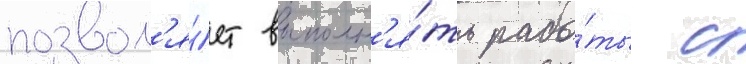
позвол'я́ет выполн'я́ть рабо́ты с